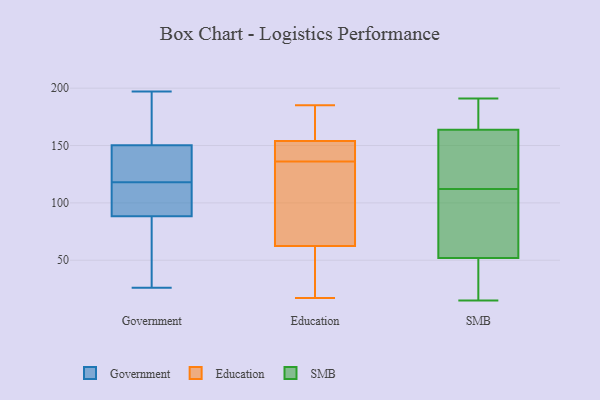
{"axis": {"x": "Bounce Rate (%)", "y": "Value"}, "legend": ["Education", "Government", "SMB"], "data": [{"x": "", "y": 118, "type": "Government"}, {"x": "", "y": 43, "type": "Government"}, {"x": "", "y": 139, "type": "Government"}, {"x": "", "y": 133, "type": "Government"}, {"x": "", "y": 26, "type": "Government"}, {"x": "", "y": 147, "type": "Government"}, {"x": "", "y": 160, "type": "Government"}, {"x": "", "y": 162, "type": "Government"}, {"x": "", "y": 160, "type": "Government"}, {"x": "", "y": 57, "type": "Government"}, {"x": "", "y": 197, "type": "Government"}, {"x": "", "y": 137, "type": "Government"}, {"x": "", "y": 91, "type": "Government"}, {"x": "", "y": 110, "type": "Government"}, {"x": "", "y": 90, "type": "Government"}, {"x": "", "y": 83, "type": "Government"}, {"x": "", "y": 98, "type": "Government"}, {"x": "", "y": 64, "type": "Education"}, {"x": "", "y": 158, "type": "Education"}, {"x": "", "y": 152, "type": "Education"}, {"x": "", "y": 157, "type": "Education"}, {"x": "", "y": 17, "type": "Education"}, {"x": "", "y": 185, "type": "Education"}, {"x": "", "y": 149, "type": "Education"}, {"x": "", "y": 120, "type": "Education"}, {"x": "", "y": 166, "type": "Education"}, {"x": "", "y": 58, "type": "Education"}, {"x": "", "y": 146, "type": "Education"}, {"x": "", "y": 136, "type": "Education"}, {"x": "", "y": 153, "type": "Education"}, {"x": "", "y": 88, "type": "Education"}, {"x": "", "y": 32, "type": "Education"}, {"x": "", "y": 50, "type": "Education"}, {"x": "", "y": 113, "type": "Education"}, {"x": "", "y": 186, "type": "SMB"}, {"x": "", "y": 112, "type": "SMB"}, {"x": "", "y": 164, "type": "SMB"}, {"x": "", "y": 185, "type": "SMB"}, {"x": "", "y": 179, "type": "SMB"}, {"x": "", "y": 191, "type": "SMB"}, {"x": "", "y": 89, "type": "SMB"}, {"x": "", "y": 35, "type": "SMB"}, {"x": "", "y": 109, "type": "SMB"}, {"x": "", "y": 120, "type": "SMB"}, {"x": "", "y": 133, "type": "SMB"}, {"x": "", "y": 31, "type": "SMB"}, {"x": "", "y": 17, "type": "SMB"}, {"x": "", "y": 67, "type": "SMB"}, {"x": "", "y": 148, "type": "SMB"}, {"x": "", "y": 163, "type": "SMB"}, {"x": "", "y": 77, "type": "SMB"}, {"x": "", "y": 15, "type": "SMB"}, {"x": "", "y": 47, "type": "SMB"}]}